Plague in India, 1896, 1897 - Volume 2
Year: 1896
Disease focus: Plague
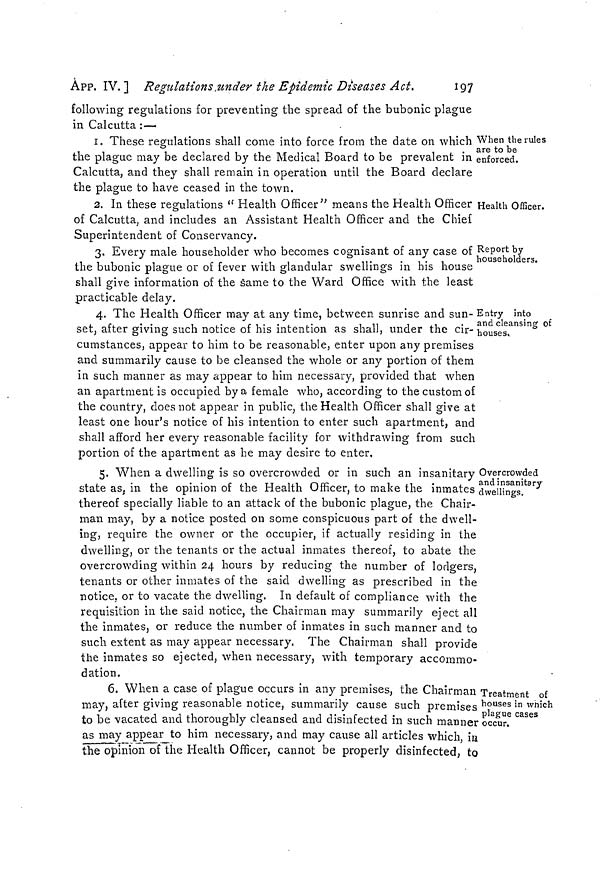
240
Measures to prevent the
[ APP. IX.
V.—If; during the period a vessel is at the quarantine anchorage
aforesaid, any case or cases of plague should occur on board, the
said vessel shall remain in quarantine for a period of fifteen
days from the date of the last case occurring, and be subject to all the
prohibitions provided for in rule IV.
VI.—When any vessel has been placed in quarantine as aforesaid, the
Health Officer may direct the removal of so many of the passengers and
crew as may not be suffering from illness, and whose services may not
be required on board the vessel, to such particular spots as may from
time to time be selected as places of quarantine, there to remain for a
period of fifteen days. If a case of plague occurs among such passengers
and crew during any such period, they shall remain in a place of
quarantine for a period of fifteen days from the date of the occurrence
of the last case of such illness.
VII.—Any mails or cargo which may be brought by any vessel so
arriving shall be landed under such precautions as the Health Officer
may deem necessary to prevent the spread of the disease.
VIII.—It will be the duty of the Port Officer to facilitate the convey-
ance to all vessels in quarantine of such supplies of provisions, stores
or other articles as may be required by those on board. Such supplies
will be placed on the boats of the vessels in quarantine, to be subse-
quently removed by members of their crews.
IX.—All vessels arriving at the port which may have communicated
with infected vessels coming from Bombay shall be subjected to the
same quarantine as vessels arriving from Bombay with plague on
board.
No. 43.
Telegram, dated 2nd January 1897.
From—Madras, Marine, Madras,
To—Home, Calcutta.
Your telegram 562-Sanitary. Quarantine against Karachi will be
imposed at port of Madras with effect from the 6th instant. Copy of
rules follows.
No. 44.
Telegram, dated 6th January 1897.
From—Madras, Marine, Madras,
To—Finance, Calcutta.
Sanction requested to issue of Quarantine rules against Bombay
and Karachi for port of Tuticorin, similar to those sanctioned for
Madras. Steamers occasionally arrive at Tuticorin from the infected
ports named,